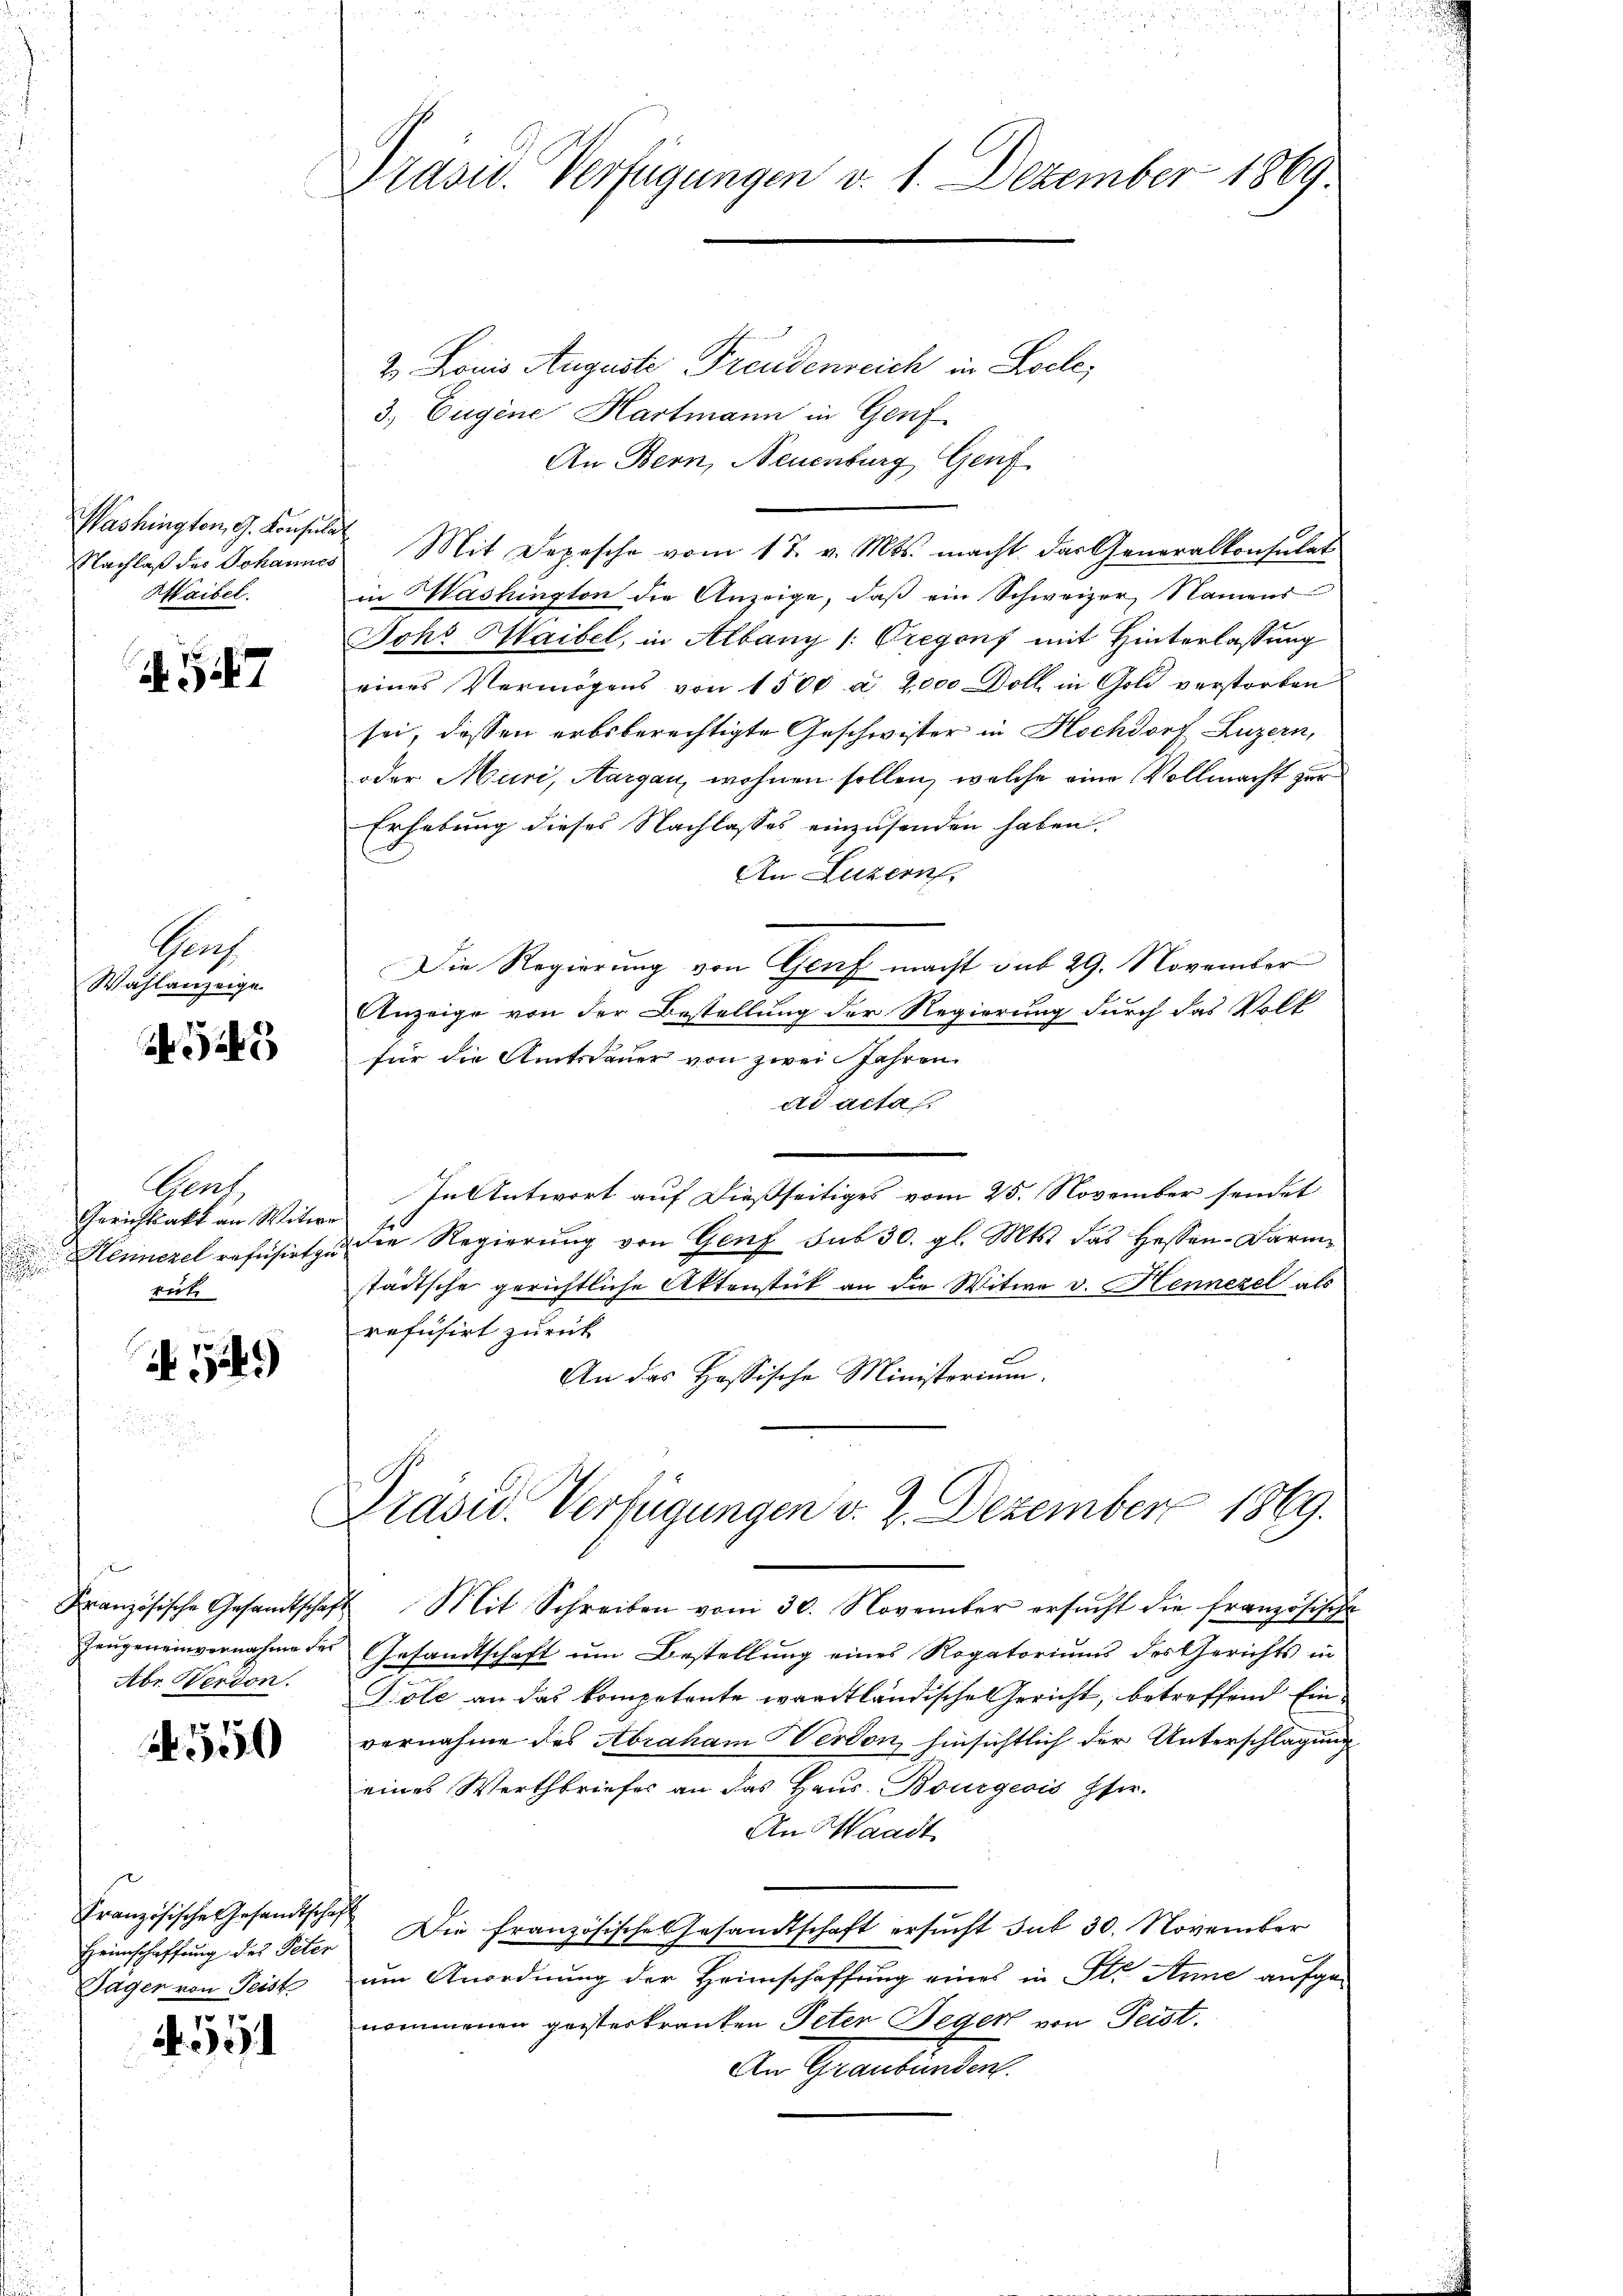
Washington, G. Konsula
Nachlaß des Johannes
Maibel.

A.547

Groh
Wahlanzeige

Vent
Gerichtsakt an Witwer
Hennerel refüsirt zu
rute

N.54)

Französische Gesandtschaft
Zeugeneinvernahme der

550

Französische Gesandtschaft
Heimschaffung des Peter
Täger von Teist

Präser. Verfügungen d. 1. Dezember 1869.

2. Louis Auguste Freudenreich in Loele,
3. Eugene Hartmann in Genf
An Bern, Neuenburg Genf
Mit Depesche vom 17. v. Mts. macht das Generalkonsulat
in Washington die Anzeige, daß ein Schweizer, Namens
Johr Maibel, in Albany (: Gregons mit Hinterlassung
eines Vermögens von 1500 a. 2,000 Doll in Gold verstorben
sei, dessen erbsberechtigte Geschwister in Hochdorf Luzern,
oder Muri, Aargau, wohnen sollen, welche eine Vollmacht zur
Erhebung dieses Nachlasses einzusenden haben.
An Luzern,
Die Regierung von Genf macht sub 29. November
Anzeige von der Bestellung der Regierung durch das Volk
für die Amtsdauer von zwei Jahren.
ad acta,
e
In Antwort auf dießseitiges vom 25. November sendet
die Regierung von Genf sub 30. gl. Mts. das Hessen-Barmstädtsche gerichtliche Aktenstück an die Witwe v. Hennezel als
refusirt zurück
An das Hassische Ministorium.
Präsid. Verfügungen v. 2. Dezember 1869.
Mit Schreiben vom 30. November ersucht die französische
Gesandtschaft um Bestellung eines Rogatoriums des Gerichts in
Abr. Werden. Giole an das kompetente waadtländische Gericht, betreffend Einvernahme des Abraham Herdon, hinsichtlich der Unterschlagung
eines Werthbriefes an das Haus- Bourgeois Eser.
An Waadt
Die französische Gesandtschaft ersucht sub 30. November
um Anordnung der Heimschaffung eines in Str. Anne aufge-
nommenen geisterkranken Peter Seger von Feist.
An Graubünden.